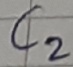
Text: C2